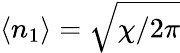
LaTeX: \langle n_{1}\rangle=\sqrt{\chi/2\pi}